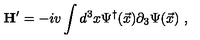
{ \bf H } ^ { \prime } = - i v \int d ^ { 3 } x \Psi ^ { \dagger } ( \vec { x } ) \partial _ { 3 } \Psi ( \vec { x } ) \ ,